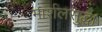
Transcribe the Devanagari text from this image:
मार्शलसुद्धा